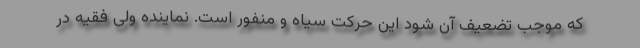
که موجب تضعیف آن شود این حرکت سیاه و منفور است. نماینده ولی فقیه در